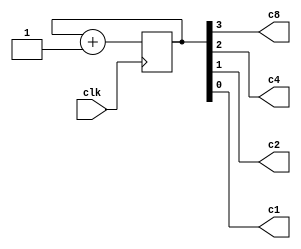
// Contador ascendente 4 bits

module S3L2 (clk, c8, c4, c2, c1);
input clk;
output c8, c4, c2, c1;
reg [3:0] count;
initial begin
count = 0;
end
always @(posedge clk) begin
count = count + 4'b0001;
end
assign c8 = count[3];
assign c4 = count[2];
assign c2 = count[1];
assign c1 = count[0];
endmodule